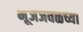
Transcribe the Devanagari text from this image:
भूजजवळच्या